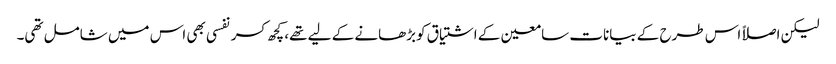
لیکن اصلاً اس طرح کے بیانات سامعین کے اشتیاق کوبڑھانے کے لیے تھے، کچھ کسرنفسی بھی اس میں شامل تھی۔